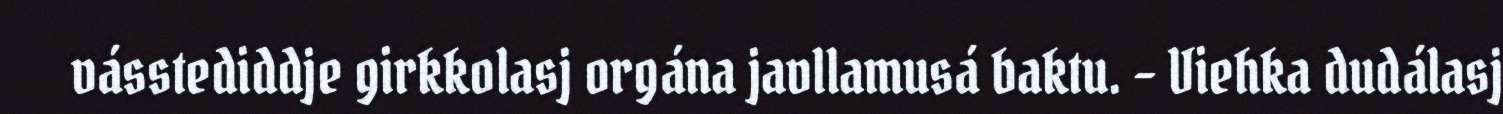
vásstediddje girkkolasj orgána javllamusá baktu. – Viehka dudálasj